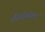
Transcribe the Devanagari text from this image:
औब्सीडीयन